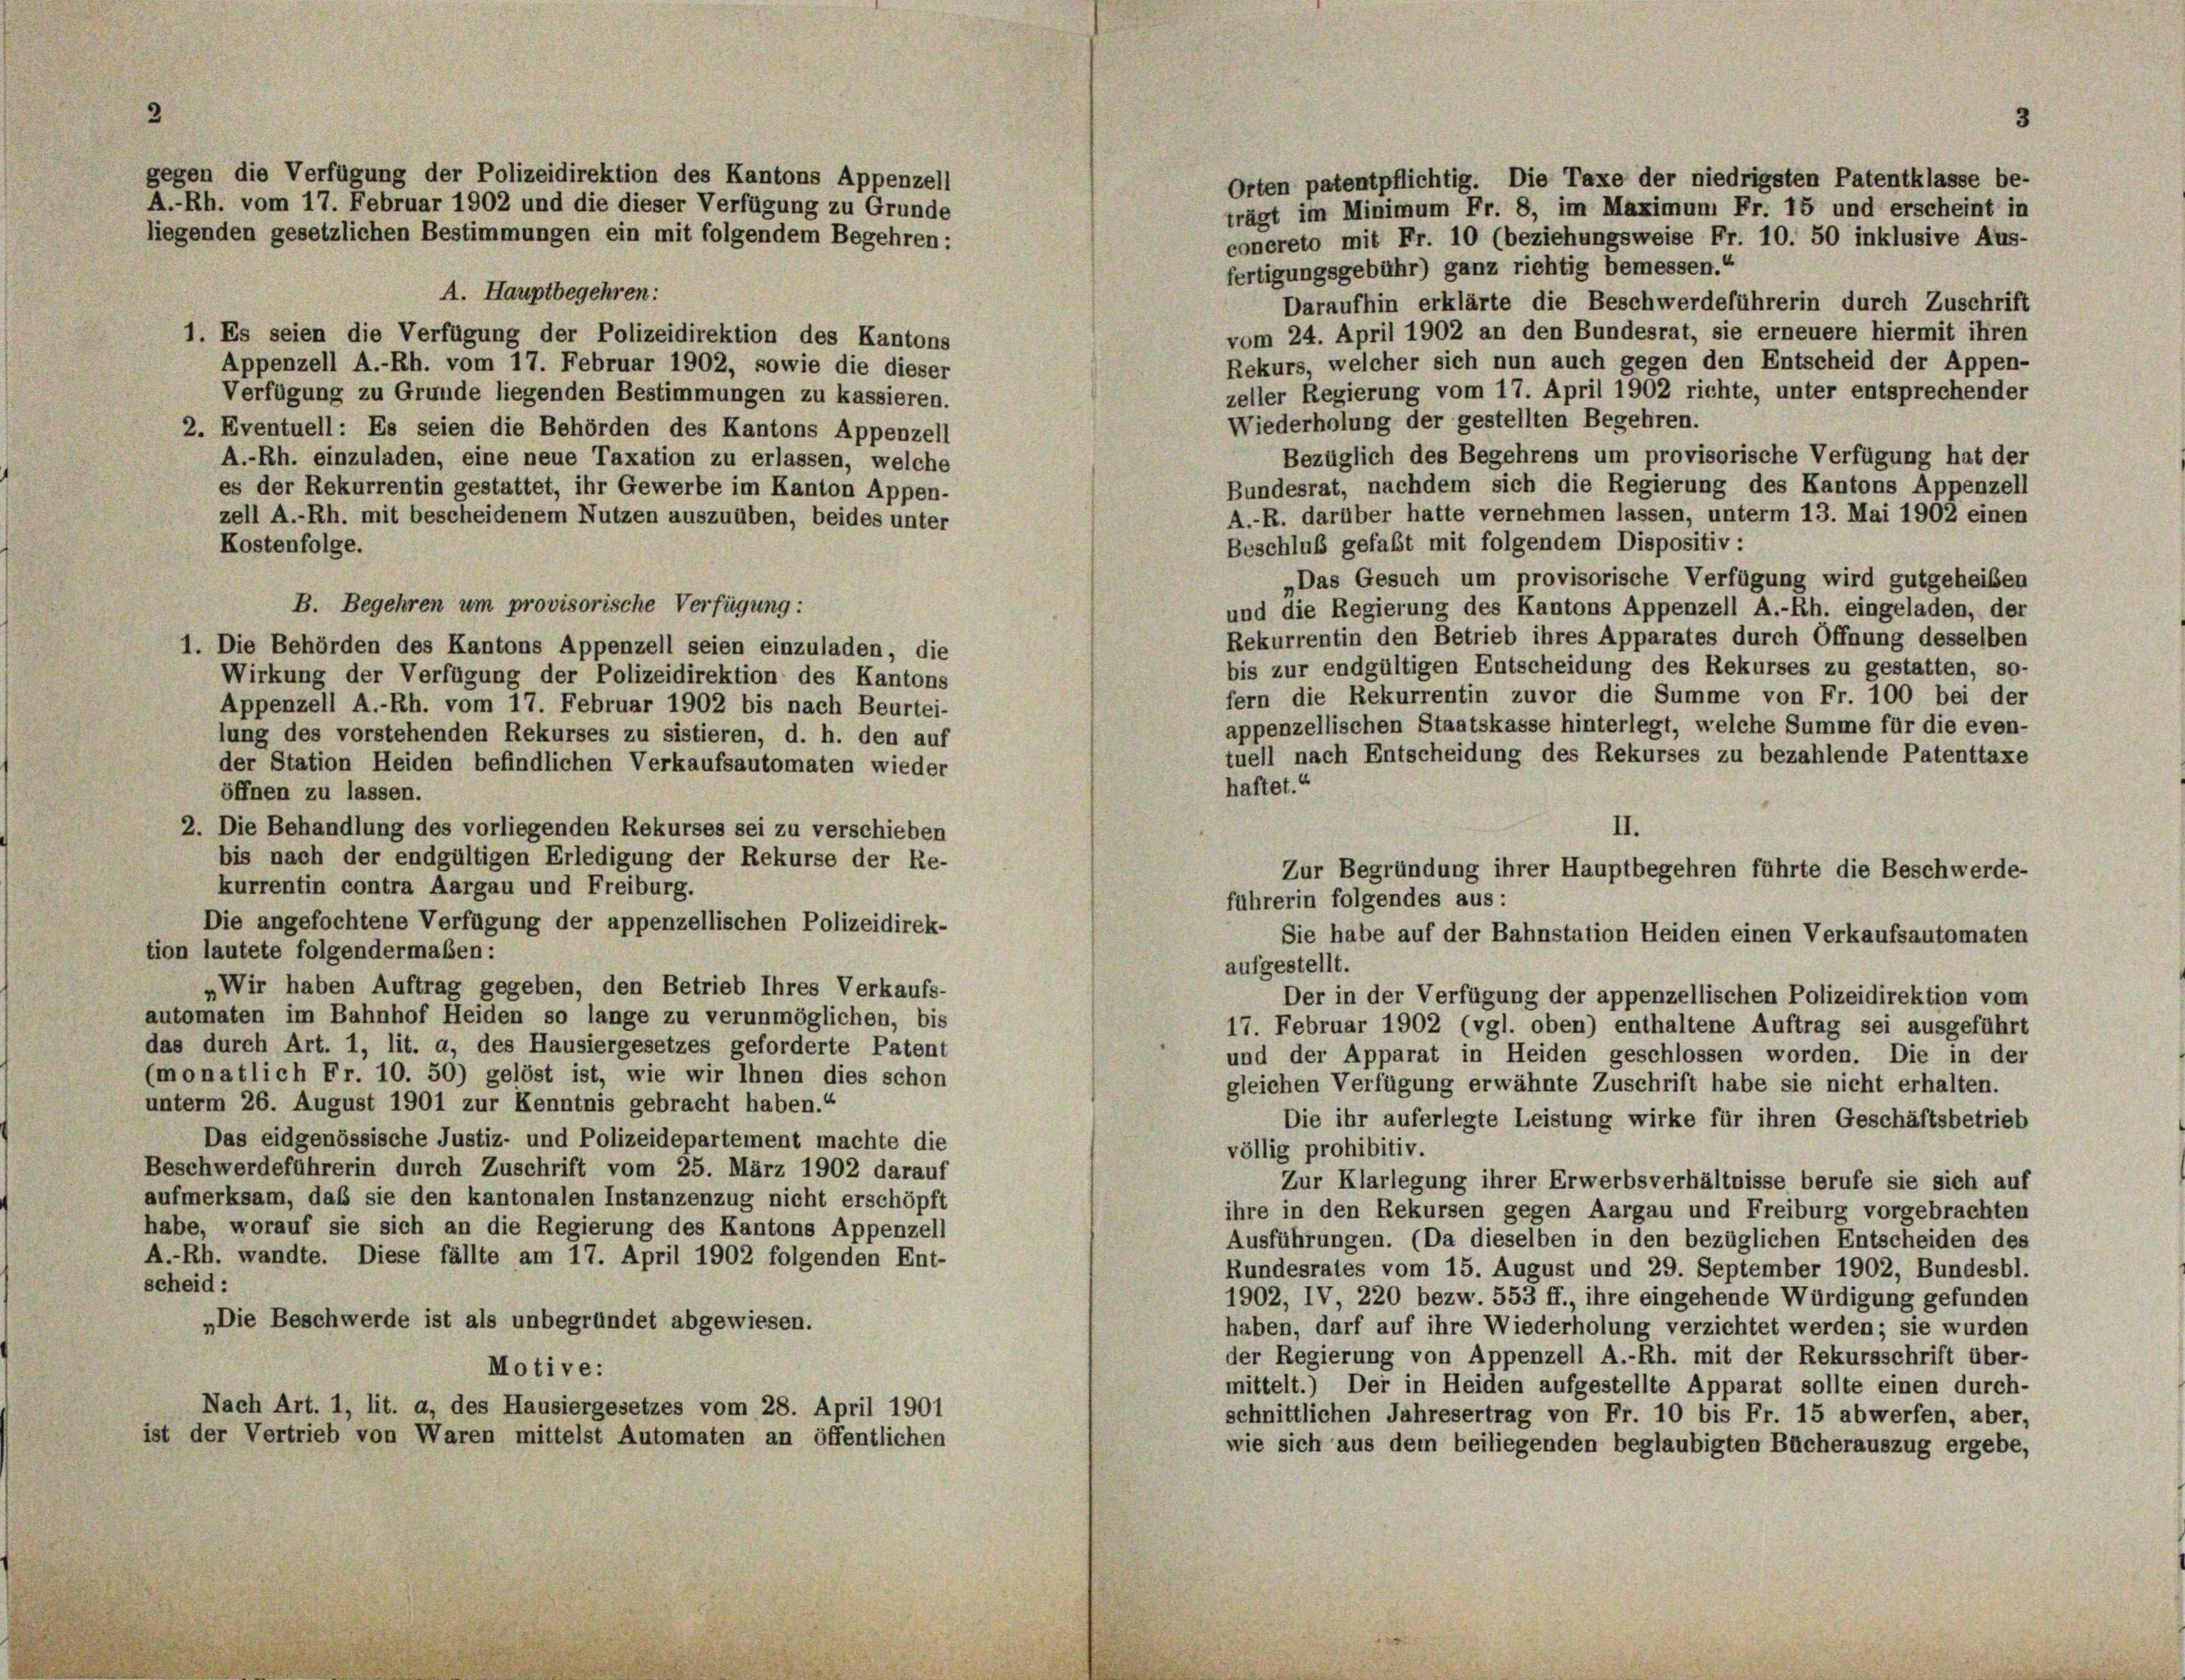
gegen die Verfügung der Polizeidirektion des Kantons Appenzell
A.-Rh. vom 17. Februar 1902 und die dieser Verfügung zu Grunde
liegenden gesetzlichen Bestimmungen ein mit folgendem Begehren:

A. Hauptbegehren:
1. Es seien die Verfügung der Polizeidirektion des Kantons
Appenzell A.-Rh. vom 17. Februar 1902, sowie die dieser
Verfügung zu Grunde liegenden Bestimmungen zu kassieren.
2. Eventuell: Es seien die Behörden des Kantons Appenzell
A.-Rh. einzuladen, eine neue Taxation zu erlassen, welche
es der Rekurrentin gestattet, ihr Gewerbe im Kanton Appen-
zell A.-Rh. mit bescheidenem Nutzen auszuüben, beides unter
Kostenfolge.
B. Begehren um provisorische Verfügung:
1. Die Behörden des Kantons Appenzell seien einzuladen, die
Wirkung der Verfügung der Polizeidirektion des Kantons
Appenzell A.-Rh. vom 17. Februar 1902 bis nach Beurtei-
lung des vorstehenden Rekurses zu sistieren, d. h. den auf
der Station Heiden befindlichen Verkaufsautomaten wieder
öffnen zu lassen.
2. Die Behandlung des vorliegenden Rekurses sei zu verschieben
bis nach der endgültigen Erledigung der Rekurse der Re-
kurrentin contra Aargau und Freiburg.
Die angefochtene Verfügung der appenzellischen Polizeidirek-
tion lautete folgendermaßen:
„Wir haben Auftrag gegeben, den Betrieb Ihres Verkaufs-
automaten im Bahnhof Heiden so lange zu verunmöglichen, bis
das durch Art. 1, lit. a, des Hausiergesetzes geforderte Patent
monatlich Fr. 10. 50) gelöst ist, wie wir Ihnen dies schon
unterm 26. August 1901 zur Kenntnis gebracht haben.“
Das eidgenössische Justiz- und Polizeidepartement machte die
Beschwerdeführerin durch Zuschrift vom 25. März 1902 darauf
aufmerksam, daß sie den kantonalen Instanzenzug nicht erschöpft
habe, worauf sie sich an die Regierung des Kantons Appenzell
A.-Rh. wandte. Diese fällte am 17. April 1902 folgenden Ent-
scheid :
„Die Beschwerde ist als unbegründet abgewiesen.
Motive:
Nach Art. 1, lit. a, des Hausiergesetzes vom 28. April 1901
ist der Vertrieb von Waren mittelst Automaten an öffentlichen

vom 24. April 1902 an den Bundesrat, sie erneuere hiermit ihren
Rekurs, welcher sich nun auch gegen den Entscheid der Appen-
zeller Regierung vom 17. April 1902 richte, unter entsprechender
Wiederholung der gestellten Begehren.
Bezüglich des Begehrens um provisorische Verfügung hat der
Bundesrat, nachdem sich die Regierung des Kantons Appenzell
A.-R. darüber hatte vernehmen lassen, unterm 13. Mai 1902 einen
Beschluß gefaßt mit folgendem Dispositiv:
Das Gesuch um provisorische Verfügung wird gutgeheiben
und die Regierung des Kantons Appenzell A.-Rh. eingeladen, der
Rekurrentin den Betrieb ihres Apparates durch Öffnung desselben
bis zur endgültigen Entscheidung des Rekurses zu gestatten, so-
fern die Rekurrentin zuvor die Summe von Fr. 100 bei der
appenzellischen Staatskasse hinterlegt, welche Summe für die even-
tuell nach Entscheidung des Rekurses zu bezahlende Patenttaxe
haftet.“
II.
Zur Begründung ihrer Hauptbegehren führte die Beschwerde-
fuhrerin folgendes aus:
Sie habe auf der Bahnstation Heiden einen Verkaufsautomaten

Orten patentpflichtig. Die Taxe der niedrigsten Patentklasse be-
trägt im Minimum Fr. 8, im Maximum Fr. 15 und erscheint in
concreto mit Fr. 10 (beziehungsweise Fr. 10. 50 inklusive Aus-
fertigungsgebühr) ganz richtig bemessen.“
Daraufhin erklärte die Beschwerdeführerin durch Zuschrift

17. Februar 1902 (vgl. oben) enthaltene Auftrag sei ausgeführt
und der Apparat in Heiden geschlossen worden. Die in der
gleichen Verfügung erwähnte Zuschrift habe sie nicht erhalten.
Die ihr auferlegte Leistung wirke für ihren Geschäftsbetrieb
völlig prohibitiv.
Zur Klarlegung ihrer Erwerbsverhältnisse berufe sie sich auf
ihre in den Rekursen gegen Aargau und Freiburg vorgebrachten
Ausführungen. (Da dieselben in den bezüglichen Entscheiden des
Rundesrates vom 15. August und 29. September 1902, Bundesbl.
1902, IV 220 bezw. 553 ff., ihre eingehende Würdigung gefunden
haben, darf auf ihre Wiederholung verzichtet werden; sie wurden
der Regierung von Appenzell A.-Rh. mit der Rekursschrift über-
mittelt.) Der in Heiden aufgestellte Apparat sollte einen durch-
schnittlichen Jahresertrag von Fr. 10 bis Fr. 15 abwerfen, aber,
wie sich aus dem beiliegenden beglaubigten Bücherauszug ergebe,

aufgestellt.
Der in der Verfügung der appenzellischen Polizeidirektion vom